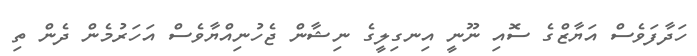
ހަދާފަވެސް އަޔާޒްގެ ސޮއި ނޫނީ އިނގިލީގެ ނިޝާން ޖެހުނިއްޔާވެސް އަހަރުމެން ދެން ތި